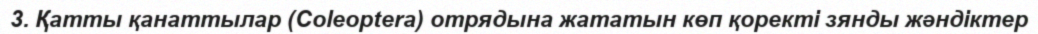
3. Қатты қанаттылар (Coleoptera) отрядына жататын көп қоректі зянды жәндіктер